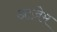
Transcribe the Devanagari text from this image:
आज़ेम